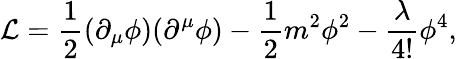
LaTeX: {\mathcal{L}}={\frac{1}{2}}(\partial_{\mu}\phi)(\partial^{\mu}\phi)-{\frac{1}{2}}m^{2}\phi^{2}-{\frac{\lambda}{4!}}\phi^{4},